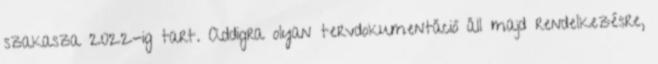
szakasza 2022-ig tart. Addigra olyan tervdokumentáció áll majd rendelkezésre,